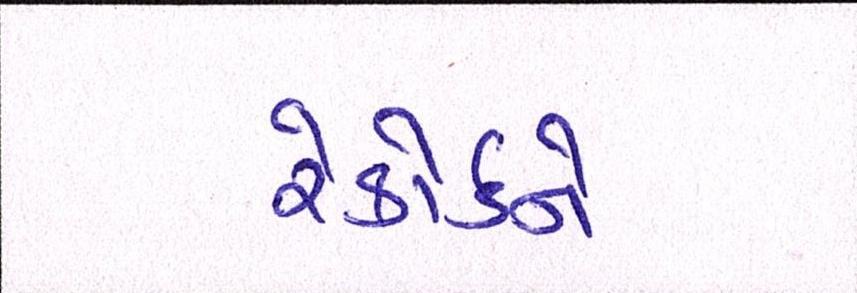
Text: રેકોર્ડને